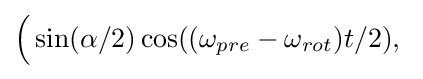
{\Big (}\sin(\alpha /2)\cos((\omega _{pre}-\omega _{rot})t/2),\